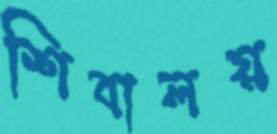
শিবালয়